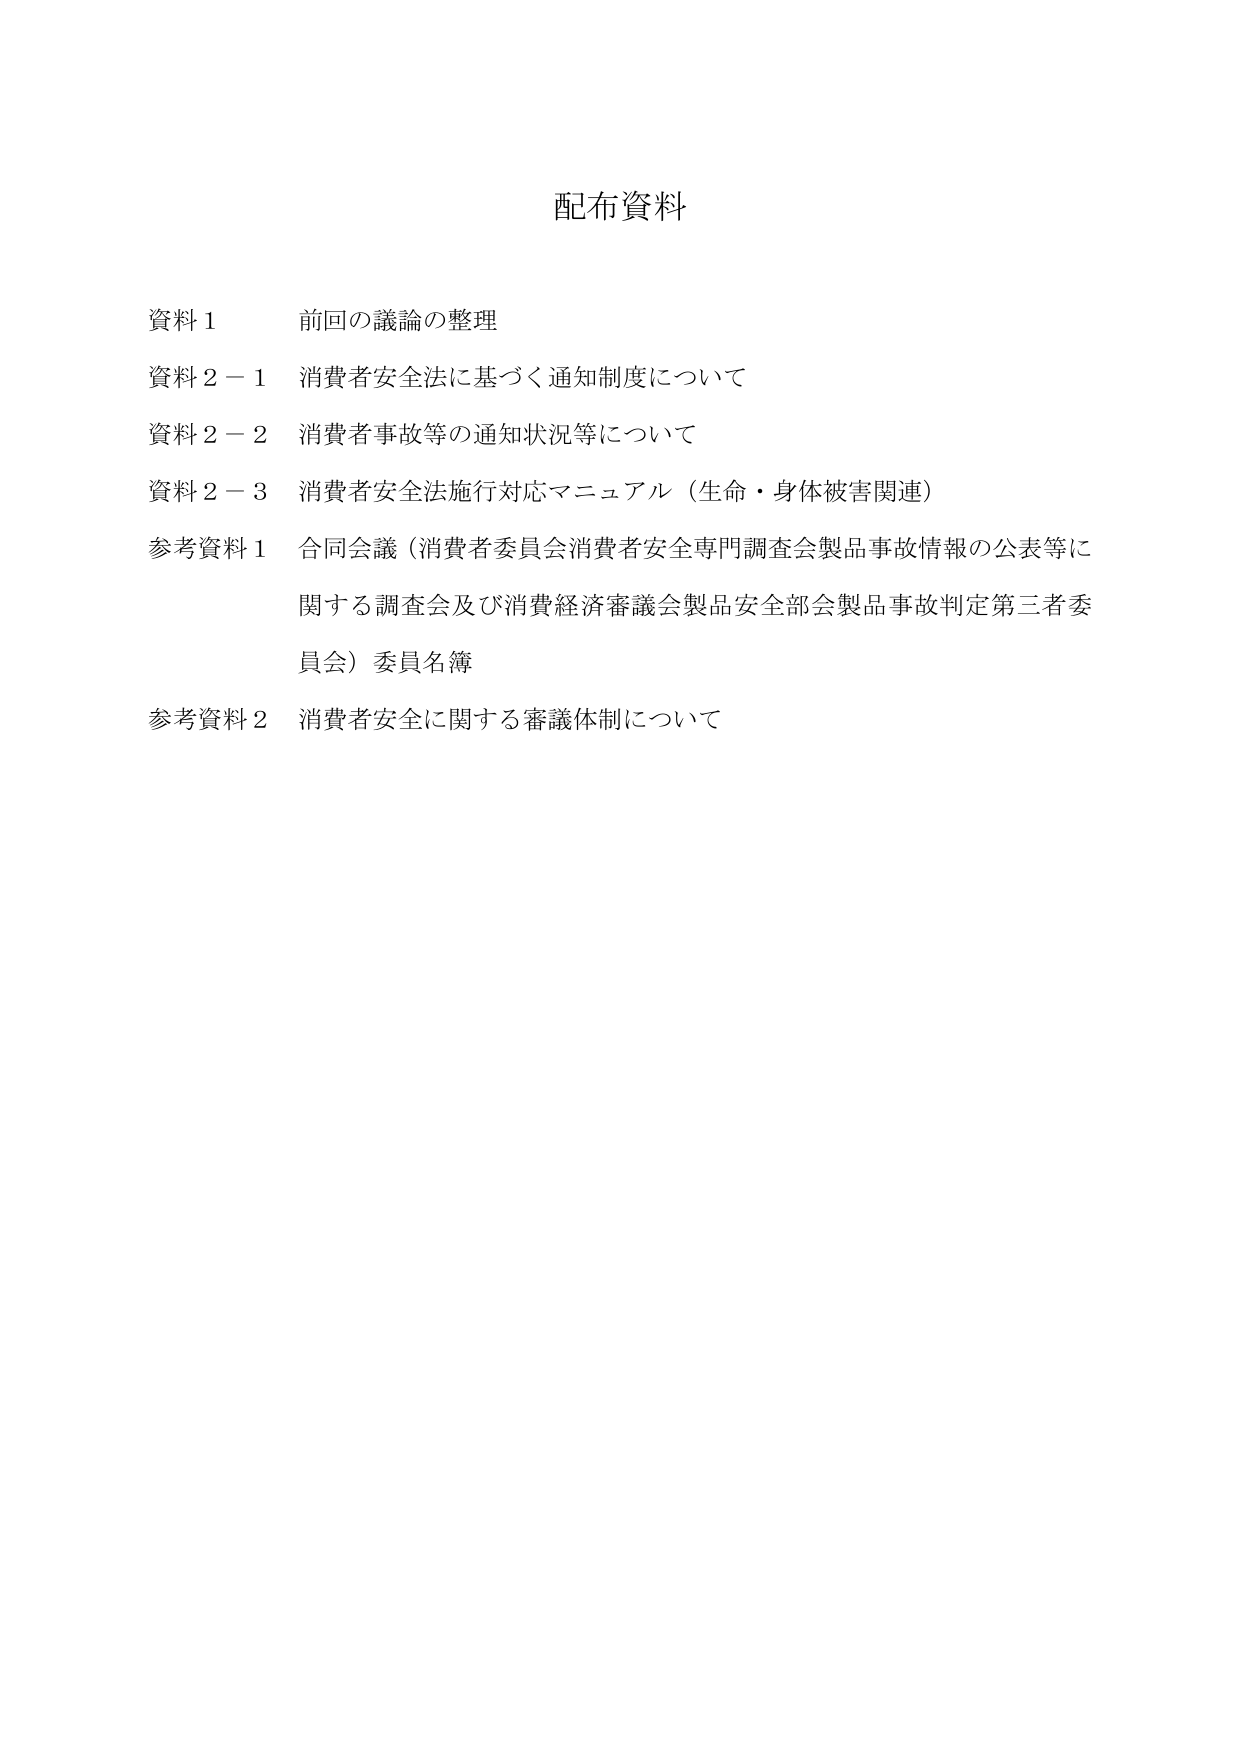
配布資料

資料１　前回の議論の整理
資料２－１　消費者安全法に基づく通知制度について
資料２－２　消費者事故等の通知状況等について
資料２－３　消費者安全法施行対応マニュアル（生命・身体被害関連）
参考資料１　合同会議（消費者委員会消費者安全専門調査会製品事故情報の公表等に関する調査会及び消費経済審議会製品安全部会製品事故判定第三者委員会）委員名簿
参考資料２　消費者安全に関する審議体制について